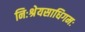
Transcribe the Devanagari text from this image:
निःश्रेयसाधिगमः